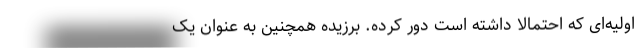
اولیه‌ای که احتمالا داشته است دور کرده. برزیده همچنین به عنوان یک